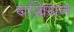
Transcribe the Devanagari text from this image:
यख़ियन